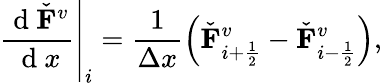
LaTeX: \left.\frac{\mathrm{~d~}\check{\mathbf{F}}^{v}}{\mathrm{~d~}x}\right|_{i}=\frac{1}{\Delta x}\left(\check{\mathbf{F}}_{i+\frac{1}{2}}^{v}-\check{\mathbf{F}}_{i-\frac{1}{2}}^{v}\right),